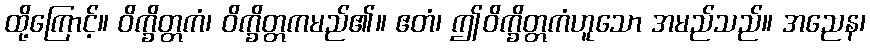
ထို့ကြောင့်။ ဝိက္ခိတ္တကံ၊ ဝိက္ခိတ္တကမည်၏။ ဧတံ၊ ဤဝိက္ခိတ္တကံဟူသော အမည်သည်။ အညေန၊